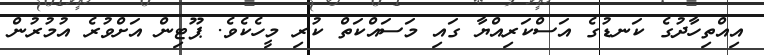
އިއްތިހާދުގެ ކަނޑުގެ އަސްކަރިއްޔާ ގައި މަސައްކަތް ކުރި މީހެކެވެ. ޕޫޓިން އަށްވުރެ އުމުރުން